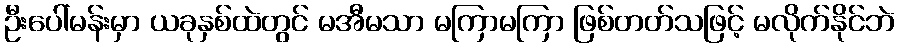
ဦးပေါ်မန်းမှာ ယခုနှစ်ထဲတွင် မအီမသာ မကြာမကြာ ဖြစ်တတ်သဖြင့် မလိုက်နိုင်ဘဲ